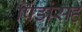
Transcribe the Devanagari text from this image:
पिंडांसह